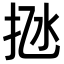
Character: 𢫁